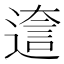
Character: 𨕺